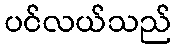
ပင်လယ်သည်